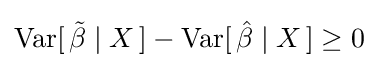
\operatorname {Var} [\,{\tilde {\beta }}\mid X\,]-\operatorname {Var} [\,{\hat {\beta }}\mid X\,]\geq 0